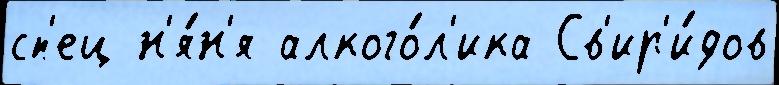
сп'ец н'я́н'я алкого́л'ика Св'ир'и́дов